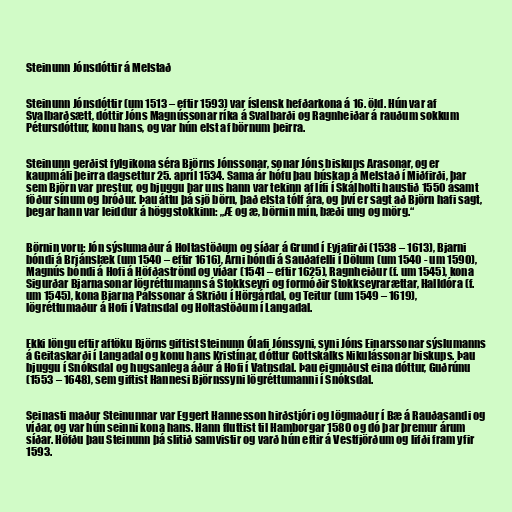
Steinunn Jónsdóttir á Melstað

Steinunn Jónsdóttir (um 1513 – eftir 1593) var íslensk hefðarkona á 16. öld. Hún var af
Svalbarðsætt, dóttir Jóns Magnússonar ríka á Svalbarði og Ragnheiðar á rauðum sokkum
Pétursdóttur, konu hans, og var hún elst af börnum þeirra.

Steinunn gerðist fylgikona séra Björns Jónssonar, sonar Jóns biskups Arasonar, og er
kaupmáli þeirra dagsettur 25. apríl 1534. Sama ár hófu þau búskap á Melstað í Miðfirði, þar
sem Björn var prestur, og bjuggu þar uns hann var tekinn af lífi í Skálholti haustið 1550 ásamt
föður sínum og bróður. Þau áttu þá sjö börn, það elsta tólf ára, og því er sagt að Björn hafi sagt,
þegar hann var leiddur á höggstokkinn: „Æ og æ, börnin mín, bæði ung og mörg.“

Börnin voru: Jón sýslumaður á Holtastöðum og síðar á Grund í Eyjafirði (1538 – 1613), Bjarni
bóndi á Brjánslæk (um 1540 – eftir 1616), Árni bóndi á Sauðafelli í Dölum (um 1540 - um 1590),
Magnús bóndi á Hofi á Höfðaströnd og víðar (1541 – eftir 1625), Ragnheiður (f. um 1545), kona
Sigurðar Bjarnasonar lögréttumanns á Stokkseyri og formóðir Stokkseyrarættar, Halldóra (f.
um 1545), kona Bjarna Pálssonar á Skriðu í Hörgárdal, og Teitur (um 1549 – 1619),
lögréttumaður á Hofi í Vatnsdal og Holtastöðum í Langadal.

Ekki löngu eftir aftöku Björns giftist Steinunn Ólafi Jónssyni, syni Jóns Einarssonar sýslumanns
á Geitaskarði í Langadal og konu hans Kristínar, dóttur Gottskálks Nikulássonar biskups. Þau
bjuggu í Snóksdal og hugsanlega áður á Hofi í Vatnsdal. Þau eignuðust eina dóttur, Guðrúnu
(1553 – 1648), sem giftist Hannesi Björnssyni lögréttumanni í Snóksdal.

Seinasti maður Steinunnar var Eggert Hannesson hirðstjóri og lögmaður í Bæ á Rauðasandi og
víðar, og var hún seinni kona hans. Hann fluttist til Hamborgar 1580 og dó þar þremur árum
síðar. Höfðu þau Steinunn þá slitið samvistir og varð hún eftir á Vestfjörðum og lifði fram yfir
1593.